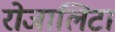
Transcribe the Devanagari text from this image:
रोजालिटा